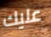
عليك